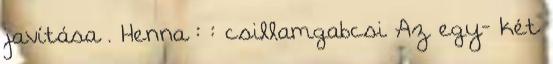
javítása . Henna : : csillamgabcsi Az egy- két